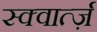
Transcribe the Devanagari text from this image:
स्क्वार्त्ज़